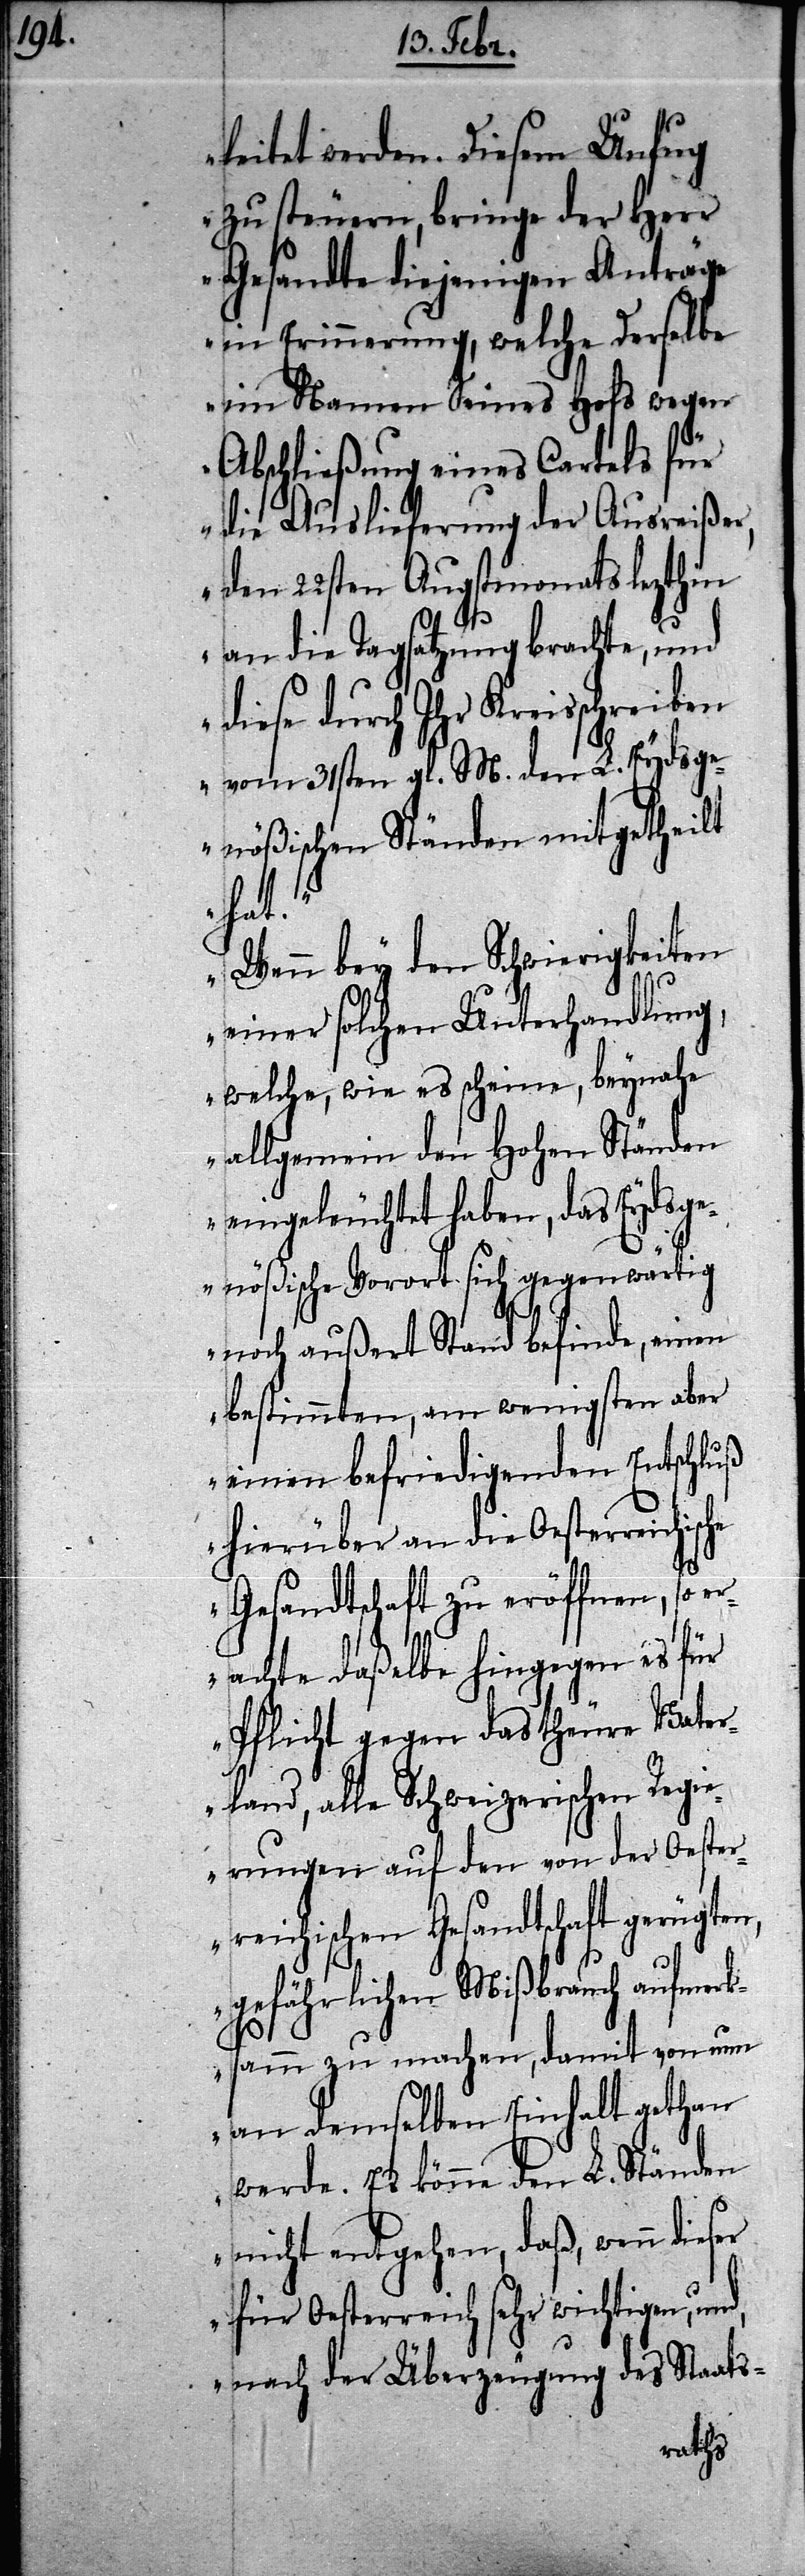
leitet werden. Diesem Unfug
zu steuern, bringe der Herr
Gesandte diejenigen Anträge
in Erinnerung, welche Derselbe
im Namen Seines Hofs wegen
Abschließung eines Cartels für
die Auslieferung der Ausreißer,
den 22sten Augstmonats lezthin
an die Tagsatzung brachte, und
diese durch Ihr Kreisschreiben
vom 31sten gl. M. den L. Eydsge¬
nößischen Ständen mitgetheilt
ische
Wenn bey den Schwierigkeiten
einer solchen Unterhandlung,
welche, wie es scheine, beynahe
allgemein den Hohen Ständen
eingeleuchtet haben, das Eydsge¬
nößische Vorort sich gegenwärtig
noch außert Stand befinde, einen
bestimmten, am wenigsten aber
einen befriedigenden Entschluß
hierüber an die Oesterreich¬
Gesandtschaft zu eröffnen, so e¬
rachte daßelbe hingegen es für
Pflicht gegen das theure Vater¬
land, alle Schweizerischen Regi¬
erung auf den von der Oester¬
reichischen Gesandtschaft
gefährlichen Mißbrauch aufmer¬
ksamm zu machen, damit von nun
an demselben Einhalt gethan
werde. Es könne den L. Ständen
nicht entgehen, daß, wenn dieser
für Oesterreich sehr wichtigen, und,
nach der Überzeugung des Staats-